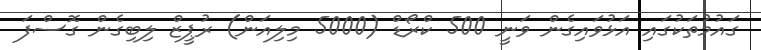
ގައުމުތަކުގައި އަޅުވައިގެން ވަނީ 500 ކްރޯޑް (5000 މިލިއަން) ރުޕީޒް ލިބިގެން ގޮސްފަ